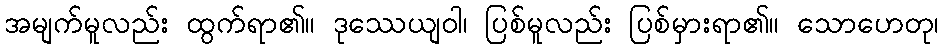
အမျက်မူလည်း ထွက်ရာ၏။ ဒုဿေယျဝါ၊ ပြစ်မူလည်း ပြစ်မှားရာ၏။ သောဟေတု၊